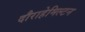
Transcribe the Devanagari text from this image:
दौराहेमिल्टन